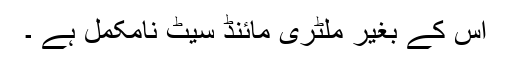
اس کے بغیر ملٹری مائنڈ سیٹ نامکمل ہے ۔